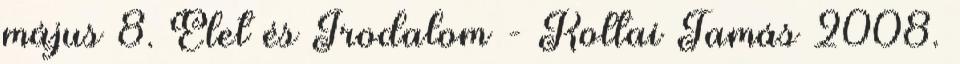
május 8. Élet és Irodalom - Koltai Tamás 2008.